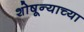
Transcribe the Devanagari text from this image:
शोषून्याच्या